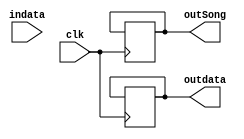
`timescale 1ns / 1ps


module deal_blue_volum(
    input indata,
    output reg [1:0]outdata,
    output reg [3:0]outSong,
    input  clk
    );
    integer delay=100000000;
    initial begin
       outdata=3;
       outSong=1;
    end
    always @(posedge clk) begin
        delay=delay-1;
        if(outdata!=0&&delay<=10)begin
            if(indata==8'b00110010)begin
                outdata=outdata-1;
                delay=100000000;
            end
        end
        if(outdata!=3&&indata==8'b00110001&&delay<-10)begin
            outdata=outdata+1;
            delay=100000000;
        end
        if(delay<=10&&indata==8'b00110011)begin
            outSong=outSong-1;
            if(outSong==0)outSong=4'd7;
            delay=100000000;
        end
        if(delay<=10&&indata==8'b00110100)begin
            outSong=outSong+1;
            if(outSong==9)outSong=4'd0;
            delay=100000000;
        end
    end
endmodule